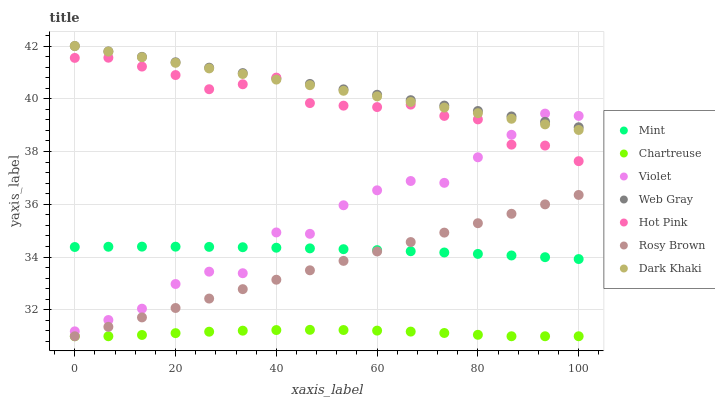
| xaxis_label | Mint | Chartreuse | Violet | Web Gray | Hot Pink | Rosy Brown | Dark Khaki |
 | --- | --- | --- | --- | --- | --- | --- | --- |
 | 0 | 34.4 | 31 | 31.2 | 42 | 41.5 | 31 | 42 |
 | 6.67 | 34.4 | 31 | 31.6 | 41.8 | 41.6 | 31.4 | 41.8 |
 | 13.3 | 34.4 | 31 | 32 | 41.6 | 41.2 | 31.7 | 41.6 |
 | 20 | 34.4 | 31.1 | 33 | 41.4 | 40.9 | 32.1 | 41.4 |
 | 26.7 | 34.4 | 31.2 | 33.4 | 41.2 | 40.4 | 32.4 | 41.2 |
 | 33.3 | 34.4 | 31.2 | 33.4 | 41 | 40.6 | 32.8 | 40.9 |
 | 40 | 34.4 | 31.2 | 34.9 | 40.8 | 40.8 | 33.1 | 40.7 |
 | 46.7 | 34.3 | 31.2 | 34.9 | 40.6 | 39.8 | 33.5 | 40.5 |
 | 53.3 | 34.3 | 31.2 | 36 | 40.4 | 39.7 | 33.9 | 40.3 |
 | 60 | 34.3 | 31.2 | 36.5 | 40.2 | 39.7 | 34.2 | 40.1 |
 | 66.7 | 34.2 | 31.2 | 36.9 | 39.9 | 39.8 | 34.6 | 39.9 |
 | 73.3 | 34.2 | 31.1 | 36.8 | 39.7 | 39.4 | 34.9 | 39.7 |
 | 80 | 34.1 | 31.1 | 37.8 | 39.5 | 39.2 | 35.3 | 39.5 |
 | 86.7 | 34.1 | 31 | 38.6 | 39.3 | 38.3 | 35.6 | 39.2 |
 | 93.3 | 34 | 31 | 39.4 | 39.1 | 38.2 | 36 | 39 |
 | 100 | 33.9 | 31 | 39.4 | 38.9 | 37.6 | 36.4 | 38.8 |